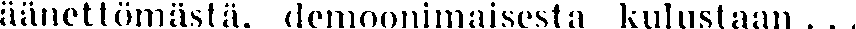
äänettömästä, demoonimaisesta kulustaan ...